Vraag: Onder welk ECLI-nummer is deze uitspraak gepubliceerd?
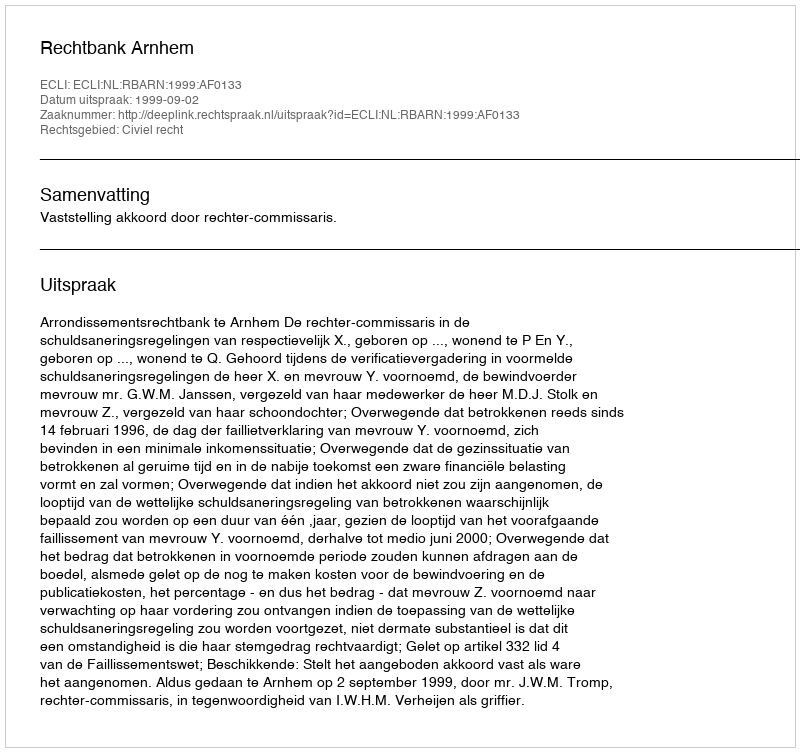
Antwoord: ECLI:NL:RBARN:1999:AF0133